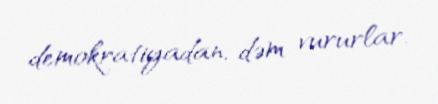
demokratiyadan, dəm vururlar.